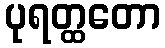
ပုရတ္ထတော